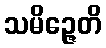
သမိဉ္ဇေတိ